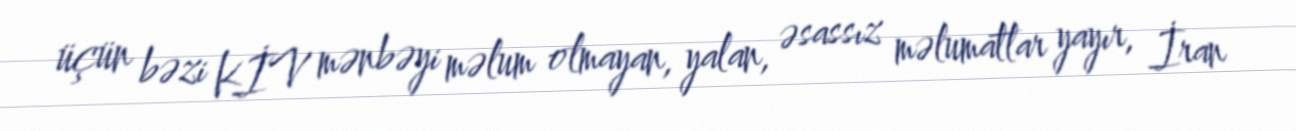
üçün bəzi KİV mənbəyi məlum olmayan, yalan, əsassız məlumatlar yayır, İran